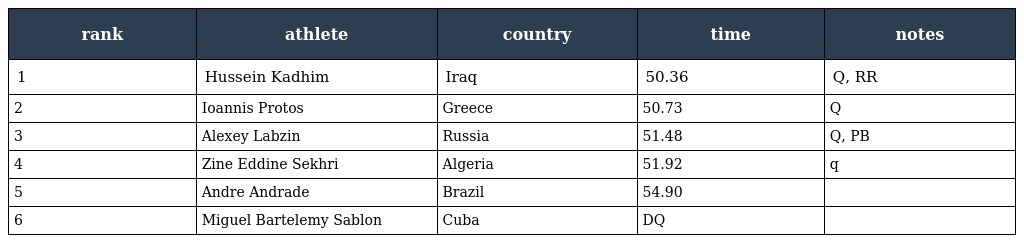
| rank | athlete | country | time | notes |
 | --- | --- | --- | --- | --- |
 | 1 | Hussein Kadhim | Iraq | 50.36 | Q, RR |
 | 2 | Ioannis Protos | Greece | 50.73 | Q |
 | 3 | Alexey Labzin | Russia | 51.48 | Q, PB |
 | 4 | Zine Eddine Sekhri | Algeria | 51.92 | q |
 | 5 | Andre Andrade | Brazil | 54.90 |  |
 | 6 | Miguel Bartelemy Sablon | Cuba | DQ |  |